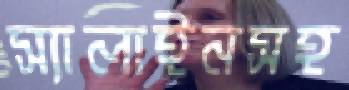
স্যালাইনসহ